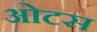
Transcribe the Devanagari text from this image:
ओटस